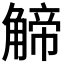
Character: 𧤍